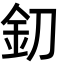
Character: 釖